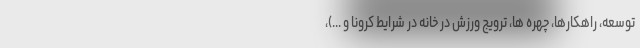
توسعه، راهکارها، چهره ها، ترویج ورزش در خانه در شرایط کرونا و ...)،